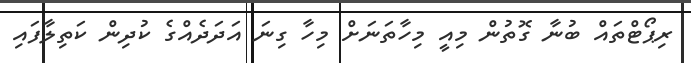
ރިޕޯޓްތައް ބުނާ ގޮތުން މިއީ މިހާތަނަށް މިހާ ގިނަ އަދަދެއްގެ ކުދިން ކަތިލާފައި